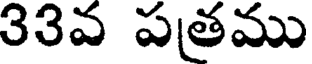
33వ పతము